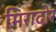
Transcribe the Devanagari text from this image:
मिरादोर